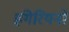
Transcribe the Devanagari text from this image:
हंगेरियनों